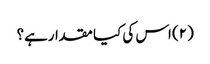
(۲) اس کی کیا مقدارہے؟